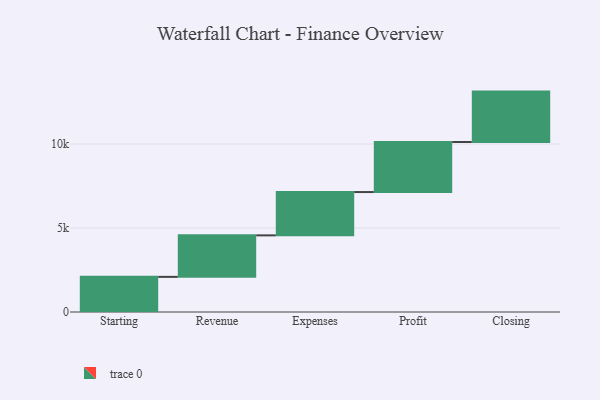
{"axis": {"x": "Step", "y": "Value"}, "legend": [""], "data": [{"x": "Starting", "y": 2091.0, "type": ""}, {"x": "Revenue", "y": 2471.0, "type": ""}, {"x": "Expenses", "y": 2578.0, "type": ""}, {"x": "Profit", "y": 2979.0, "type": ""}, {"x": "Closing", "y": 3000, "type": ""}]}